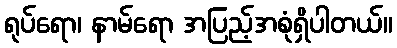
ရုပ်ရော၊ နာမ်ရော အပြည့်အစုံရှိပါတယ်။